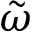
\tilde { \omega }